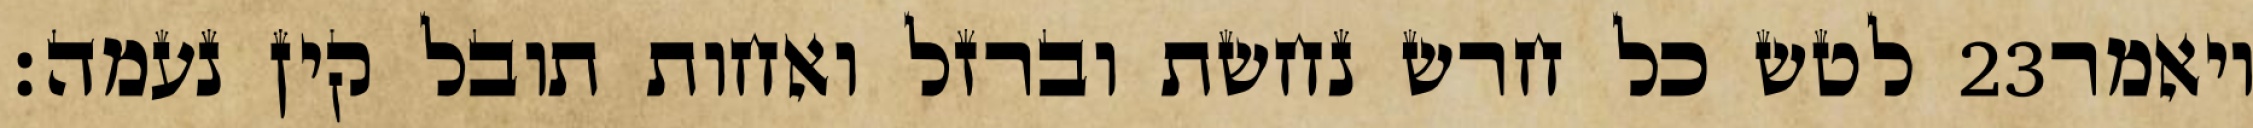
לטש כל חרש נחשת וברזל ואחות תובל קין נעמה׃ ‎23‏ ויאמר